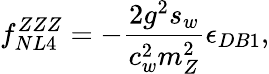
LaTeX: f_{NL4}^{ZZZ}=-\frac{2g^{2}s_{w}}{c_{w}^{2}m_{Z}^{2}}\epsilon_{DB1},